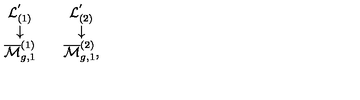
\begin{array} { c c c } { { \cal L } _ { ( 1 ) } ^ { ' } } & { } & { { \cal L } _ { ( 2 ) } ^ { ' } } \\ { \downarrow } & { } & { \downarrow } \\ { \overline { { { \cal M } } } _ { g , 1 } ^ { ( 1 ) } } & { } & { \overline { { { \cal M } } } _ { g , 1 } ^ { ( 2 ) } , } \\ \end{array}